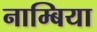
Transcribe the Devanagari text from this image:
नाम्बिया